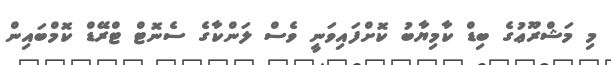
މި މަޝްރޫޢުގެ ބިޑް ކާމިޔާބު ކޮށްފައިވަނީ ވެސް ލަންކާގެ ސެނޮޓް ޓްރޭޑް ކޮމްބައިން